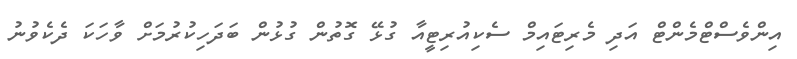
އިންވެސްޓްމެންޓް އަދި މެރިޓައިމް ސެކިއުރިޓީއާ ގުޅޭ ގޮތުން ގުޅުން ބަދަހިކުރުމަށް ވާހަކަ ދެކެވުނު